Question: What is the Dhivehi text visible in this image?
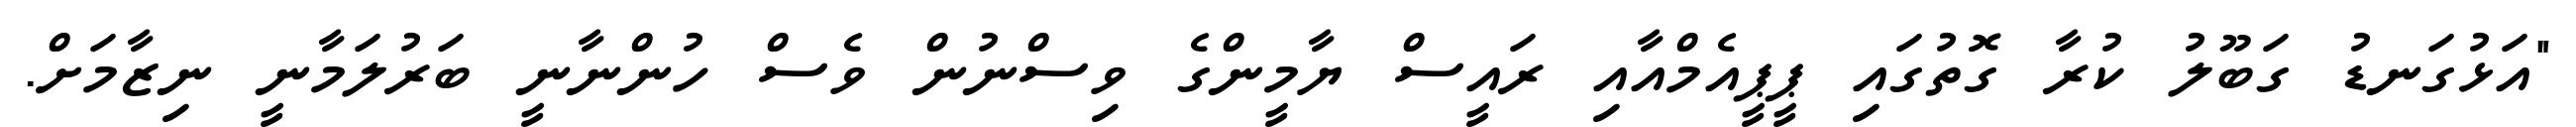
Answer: "އަޅުގަނޑު ގަބޫލު ކުރާ ގޮތުގައި ޕީޕީއެމްއާއި ރައީސް ޔާމީންގެ ވިސްނުން ވެސް ހުންނާނީ ބަރުލަމާނީ ނިޒާމަށް.